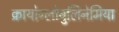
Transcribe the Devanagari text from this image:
क्रायोग्लोबुलिनेमिया